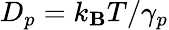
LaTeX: D_{p}=k_{\mathbf{B}}T/\gamma_{p}